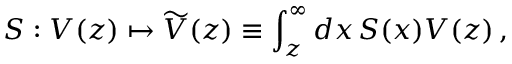
S : V ( z ) \mapsto \widetilde { V } ( z ) \equiv \int _ { z } ^ { \infty } d x \, S ( x ) V ( z ) \, ,